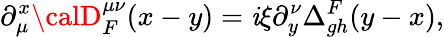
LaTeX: \partial_{\mu}^{x}{\calD}_{F}^{\mu\nu}(x-y)=\mathit{i}\xi\partial_{y}^{\nu}\Delta_{gh}^{F}(y-x),